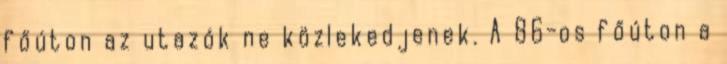
főúton az utazók ne közlekedjenek. A 86-os főúton a